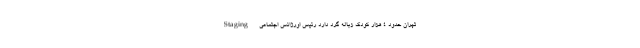
Staging تهران حدود ۴ هزار کودک زباله‌ گرد دارد رئیس اورژانس اجتماعی